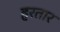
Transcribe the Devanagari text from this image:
हरतार